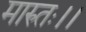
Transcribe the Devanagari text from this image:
मारुतः।।